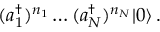
( a _ { 1 } ^ { \dagger } ) ^ { n _ { 1 } } \ldots ( a _ { N } ^ { \dagger } ) ^ { n _ { N } } | 0 \rangle \, .